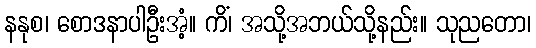
နနုစ၊ စောဒနာပါဦးအံ့။ ကိံ၊ အသို့အဘယ်သို့နည်း။ သုညတော၊